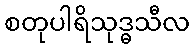
စတုပါရိသုဒ္ဓသီလ